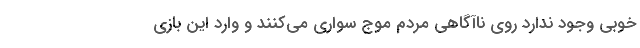
خوبی وجود ندارد روی ناآگاهی مردم موج سواری می‌کنند و وارد این بازی